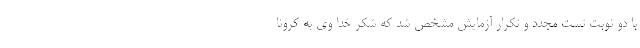
با دو نوبت تست مجدد و تکرار آزمایش مشخص شد که شکر خدا وی به کرونا